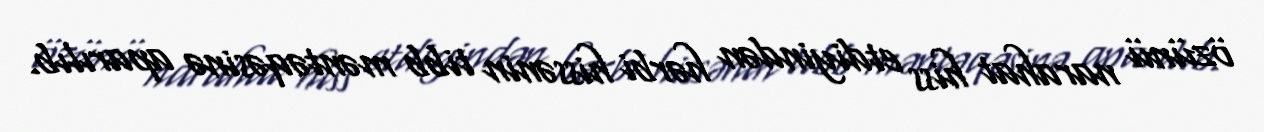
özünü narahat hiss etdiyindən hərbi hissənin tibb məntəqəsinə aparılıb.